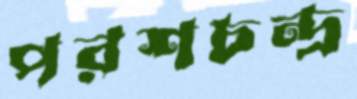
পরশচন্দ্র